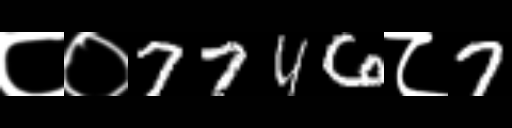
Text: ८०7746८7